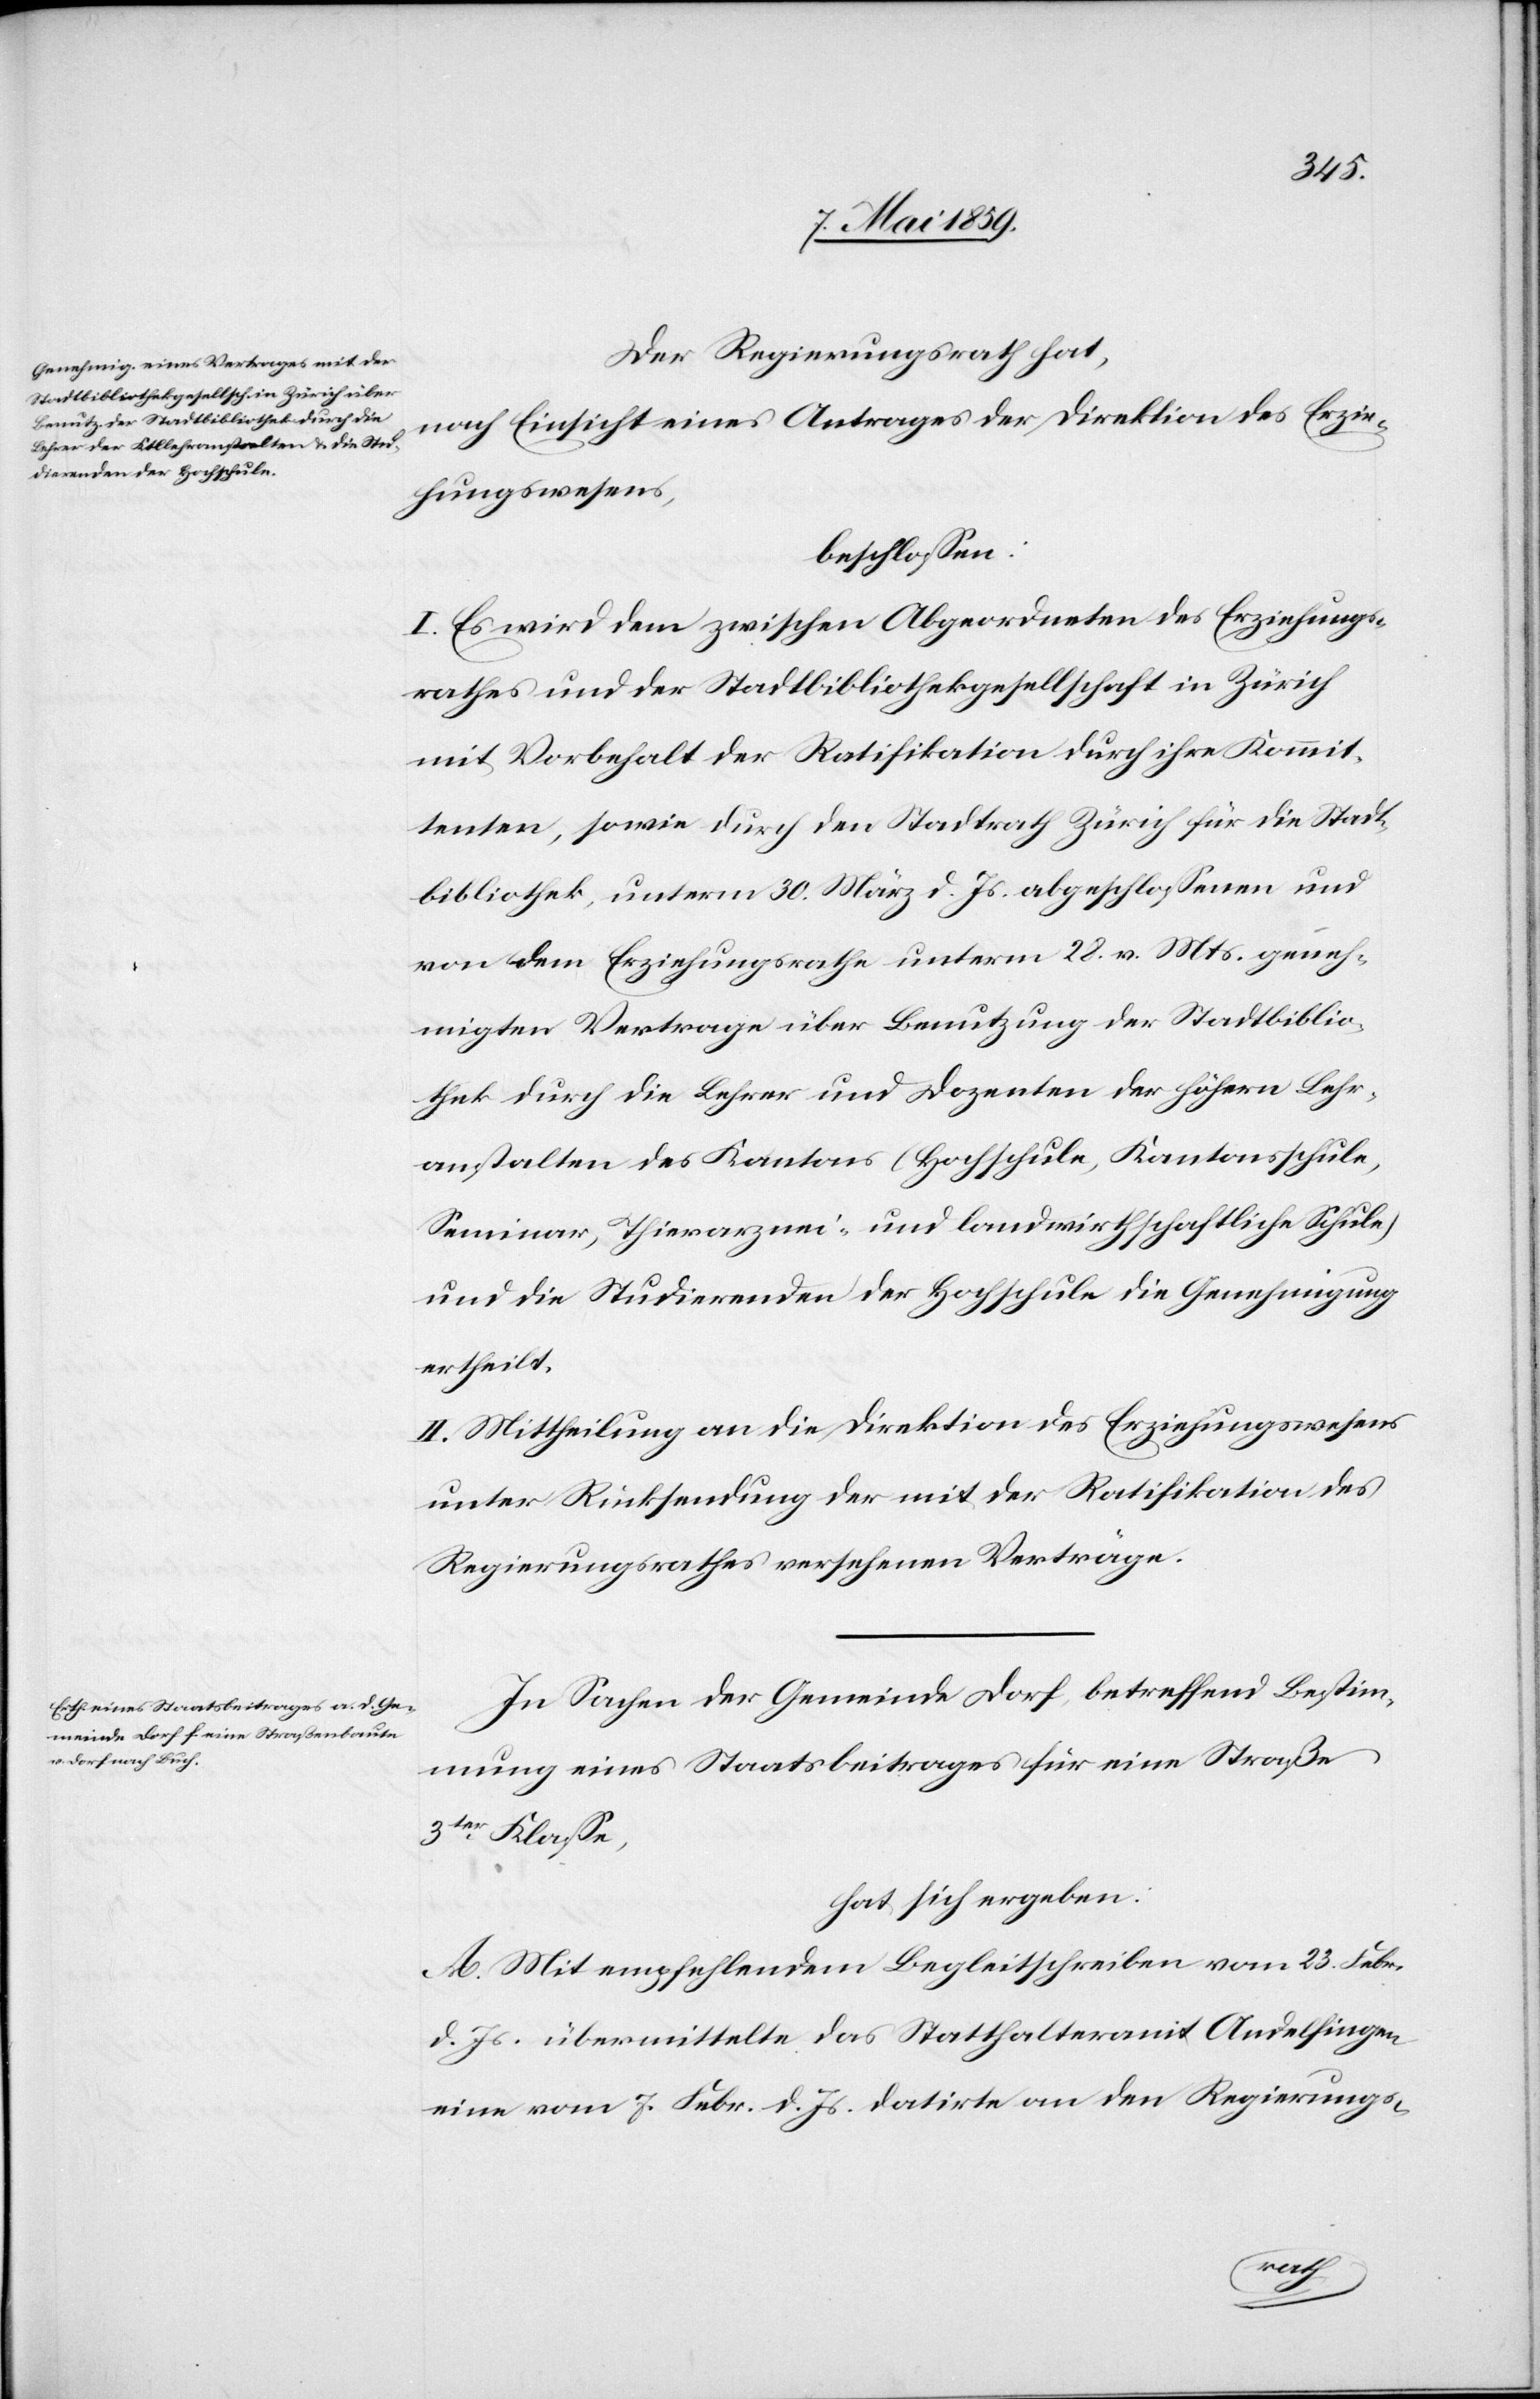
Der Regierungsrath hat,
nach Einsicht eines Antrages der Direktion des Erzie¬
hungswesens,
beschloßen:
I. Es wird dem zwischen Abgeordneten des Erziehungs¬
rathes und der Stadtbibliothekgesellschaft in Zürich
mit Vorbehalt der Ratifikation durch ihre Kommit¬
tenten, sowie durch den Stadtrath Zürich für die Stadt¬
bibliothek, unterm 30. März d. Js. abgeschloßenen und
von dem Erziehungsrathe unterm 28. v. Mts. geneh¬
migten Vertrage über Benutzung der Stadtbiblio¬
thek durch die Lehrer und Dozenten der höhern Lehr¬
anstalten des Kantons (Hochschule, Kantonsschule,
Seminar, Thierarznei- und landwirthschaftliche Schule)
und die Studierenden der Hochschule die Genehmigung
ertheilt.
II. Mittheilung an die Direktion des Erziehungswesens
unter Rücksendung der mit der Ratifikation des
Regierungsrathes versehenen Verträge.
In Sachen der Gemeinde Dorf betreffend Bestim¬
mung eines Staatsbeitrages für eine Straße
3ter Klaße,
hat sich ergeben:
A. Mit empfehlendem Begleitschreiben vom 23. Febr.
d. Js. übermittelte das Statthalteramt Andelfingen
eine vom 7. Febr. d. Js. datirte an den Regierungs-